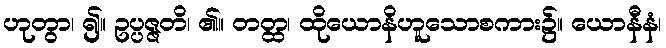
ဟုတွာ၊ ၍။ ဥပ္ပဇ္ဇတိ၊ ၏။ တတ္ထ၊ ထိုယောနိဟူသောစကား၌။ ယောနီနံ၊